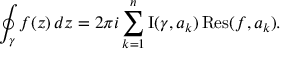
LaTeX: \oint _ { \gamma } f ( z ) \, d z = 2 \pi i \sum _ { k = 1 } ^ { n } \operatorname { I } ( \gamma , a _ { k } ) \operatorname { R e s } ( f , a _ { k } ) .